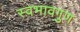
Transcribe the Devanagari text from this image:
स्वभावगुण